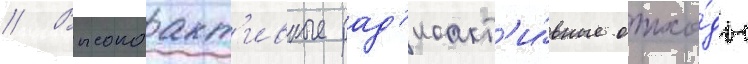
// Высокоакт'ивные рад'иоакт'и́вные отхо́ды